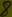
Text: 8